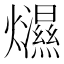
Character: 𤒴